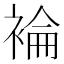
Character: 𧛈